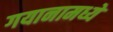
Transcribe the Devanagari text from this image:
गयानामध्ये